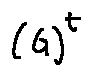
( G ) ^ { t }